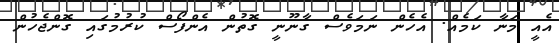
އެއީ މަނާ ކަމެއް. އެހެން ނަމަވެސް ގާނޫނީ ގޮތުން އެންފޯސް ކުރުމުގައި ގޮންޖެހުން